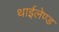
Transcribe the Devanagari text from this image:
थाईलेण्ड